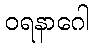
ဝရနာဂေါ